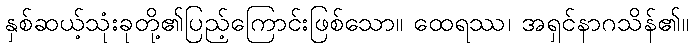
နှစ်ဆယ့်သုံးခုတို့၏ပြည့်ကြောင်းဖြစ်သော။ ထေရဿ၊ အရှင်နာဂသိန်၏။